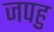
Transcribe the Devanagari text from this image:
जपहु